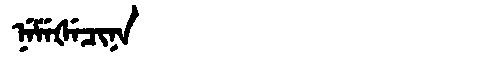
Manchu: ᠨᡝᠮᡝᡧᡝᠴᡳᠨᠠ
Romanization: NEMEŠECINA